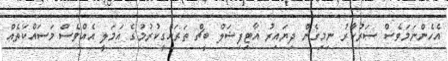
އެހެންނަމަވެސް ސަރުކާރު ނިމިގެން ދިޔައިރު އާޓިފިޝަލް ބީޗް ތަރައްގީކުރުމުގެ އަމަލީ އެއްވެސް މަސައްކަތެއް